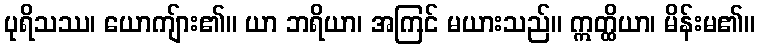
ပုရိသဿ၊ ယောကျ်ား၏။ ယာ ဘရိယာ၊ အကြင် မယားသည်။ ဣတ္ထိယာ၊ မိန်းမ၏။